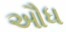
ઔધ